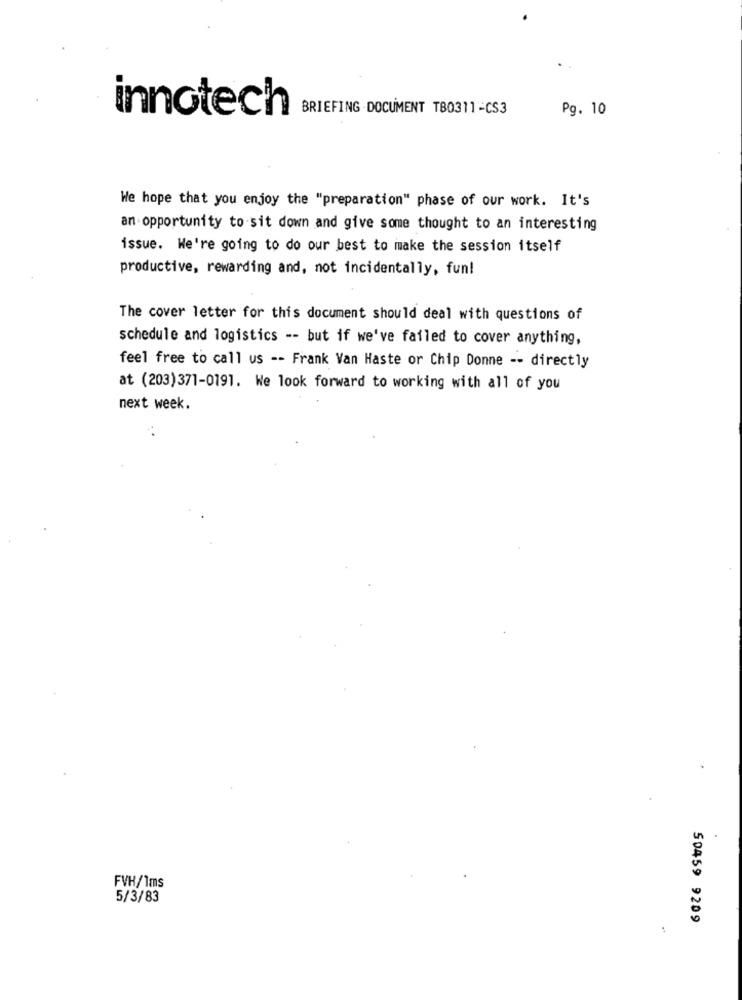
innotech
BRIEFING DOCUMENT TB0311-CS3
Pg. 10
We hope that you enjoy the "preparation" phase of our work. It's
an opportunity to sit down and give some thought to an interesting
issue. We're going to do our best to make the session itself
productive, rewarding and, not incidentally, fun!
The cover letter for this document should deal with questions of
schedule and logistics -- but if we've failed to cover anything,
feel free to call us -- Frank Van Haste or Chip Donne -- directly
at (203)371-0191. We look forward to working with all of you
next week.
FVH/1ms
5/3/83
50459 9209